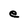
Character: e